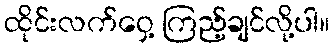
ထိုင်းလက်ဝှေ့ ကြည့်ချင်လို့ပါ။